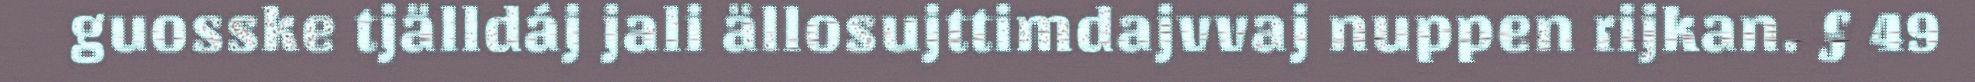
guosske tjälldáj jali ällosujttimdajvvaj nuppen rijkan. § 49